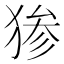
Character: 𬌷